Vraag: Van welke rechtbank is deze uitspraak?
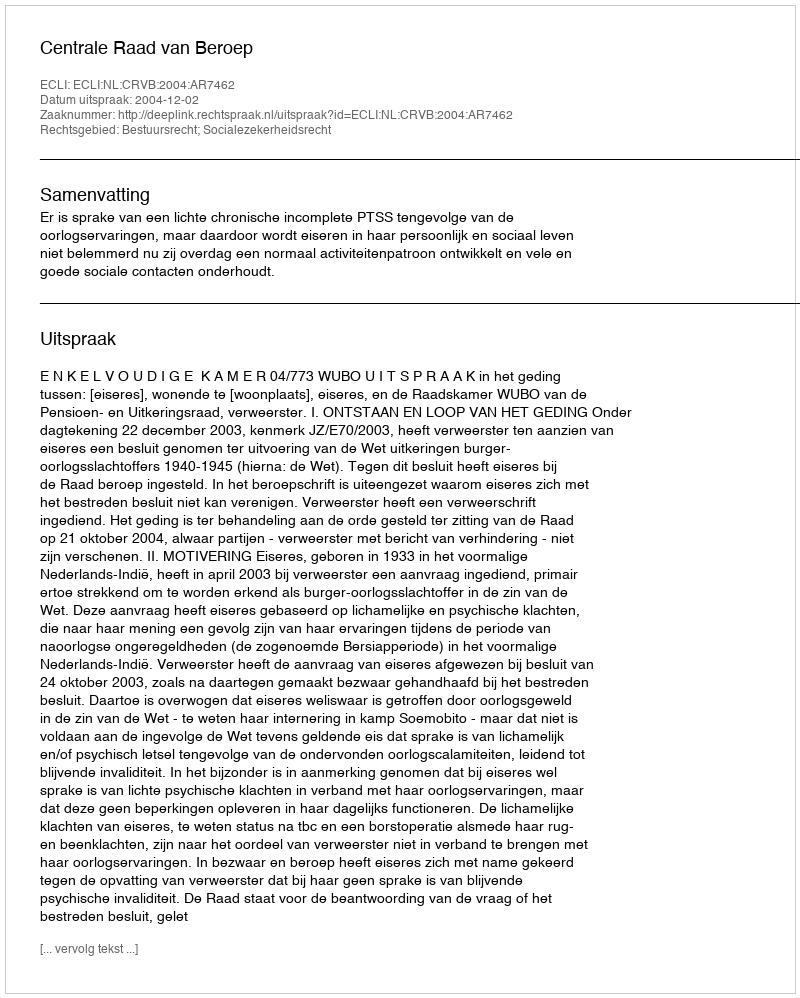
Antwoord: Centrale Raad van Beroep